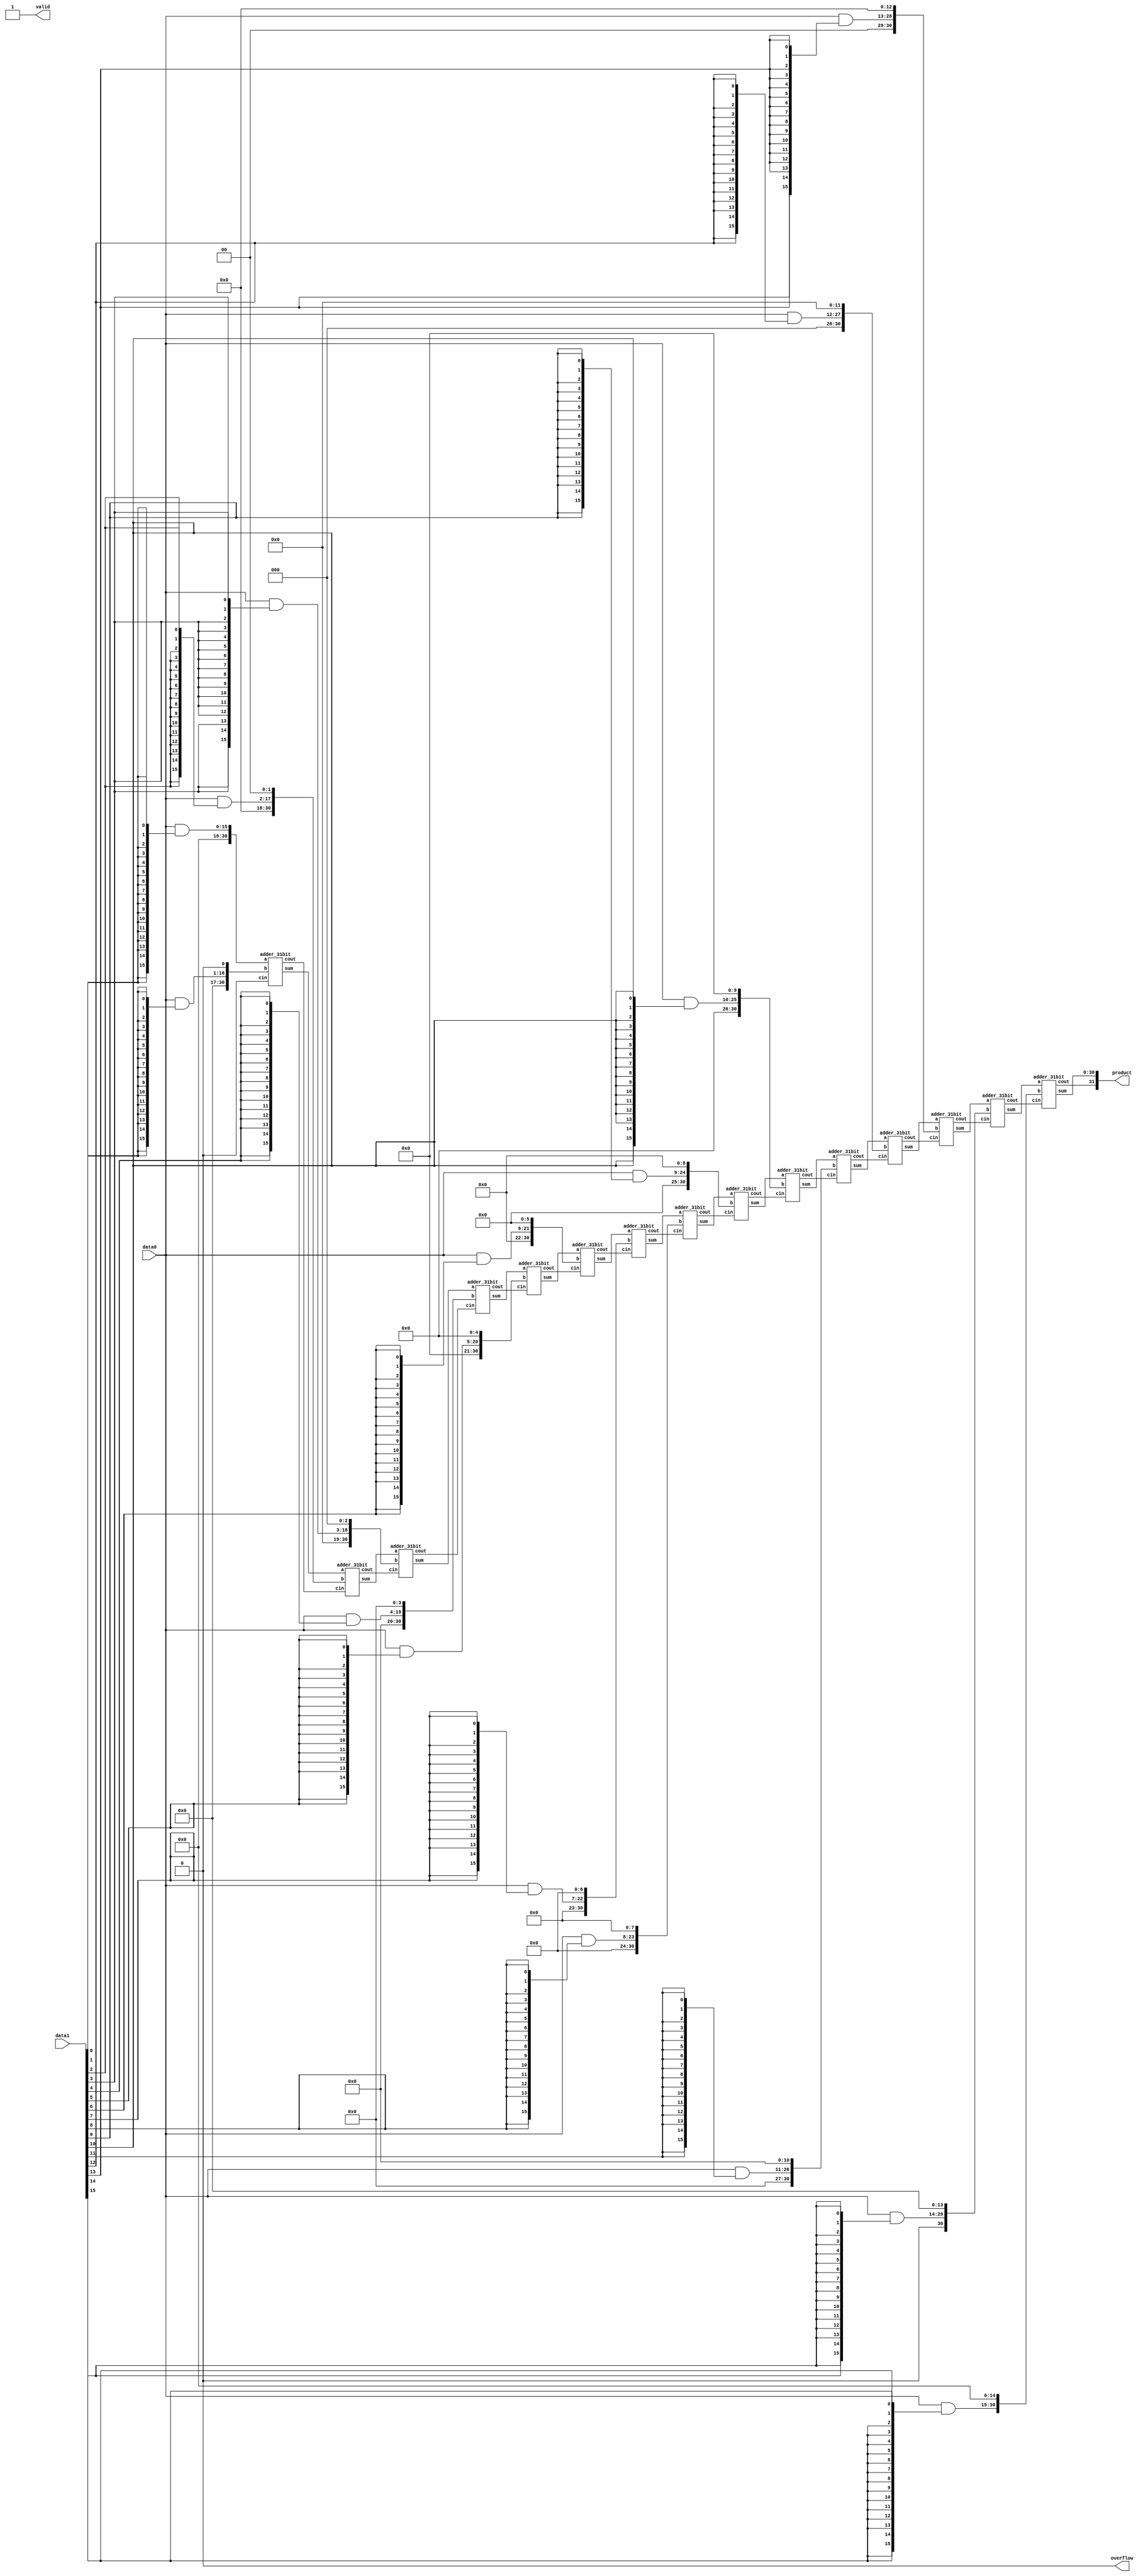
// +FHDR----------------------------------------------------------------------------
//            
//                
// ---------------------------------------------------------------------------------
// cinreated On    : 2024-06-07 18:30
// ---------------------------------------------------------------------------------
// Descinription   :  wallace
//                    booth
//                                  
// -FHDR----------------------------------------------------------------------------
module mini_ALU_16bit_MUL (
    input [15:0] data0,
    input [15:0] data1,
    output [31:0]  product,
    output overflow,
    output valid
);

    wire [30:0] partial_product [15:0];
    wire [30:0] tem_partial_product [14:0];


    //
    assign partial_product[0] ={{15{1'b0}} , data0 & {16{data1[0]}}              };
    assign partial_product[1] ={{14{1'b0}} , data0 & {16{data1[1]}} ,  1'b0      };
    assign partial_product[2] ={{13{1'b0}} , data0 & {16{data1[2]}} ,  2'b00     };
    assign partial_product[3] ={{12{1'b0}} , data0 & {16{data1[3]}} ,  3'b000    };
    assign partial_product[4] ={{11{1'b0}} , data0 & {16{data1[4]}} , {4{1'b0}}  };
    assign partial_product[5] ={{10{1'b0}} , data0 & {16{data1[5]}} , {5{1'b0}}  };
    assign partial_product[6] ={{ 9{1'b0}} , data0 & {16{data1[6]}} , {6{1'b0}}  };
    assign partial_product[7] ={{ 8{1'b0}} , data0 & {16{data1[7]}} , {7{1'b0}}  };
    assign partial_product[8] ={{ 7{1'b0}} , data0 & {16{data1[8]}} , {8{1'b0}}  };
    assign partial_product[9] ={{ 6{1'b0}} , data0 & {16{data1[9]}} , {9{1'b0}}  };
    assign partial_product[10]={{ 5{1'b0}} , data0 & {16{data1[10]}},{10{1'b0}}  };
    assign partial_product[11]={{ 4{1'b0}} , data0 & {16{data1[11]}},{11{1'b0}}  };
    assign partial_product[12]={{ 3{1'b0}} , data0 & {16{data1[12]}},{12{1'b0}}  };
    assign partial_product[13]={{ 2{1'b0}} , data0 & {16{data1[13]}},{13{1'b0}}  };
    assign partial_product[14]={    1'b0   , data0 & {16{data1[14]}},{14{1'b0}}  };
    assign partial_product[15]={data0 & {16{data1[15]}},             {15{1'b0}}  };

    wire [14:0] temp_cout;
    adder_31bit a0(
        .a(partial_product[0]),
        .b(partial_product[1]),
        .sum(tem_partial_product[0]),
        .cout(temp_cout[0]),
        .cin(1'b0)
    );
    adder_31bit a1(
        .a(tem_partial_product[0]),
        .b(partial_product[2]),
        .sum(tem_partial_product[1]),
        .cout(temp_cout[1]),
        .cin(temp_cout[0])
    );
    adder_31bit a2(
        .a(tem_partial_product[1]),
        .b(partial_product[3]),
        .sum(tem_partial_product[2]),
        .cout(temp_cout[2]),
        .cin(temp_cout[1])
    );
    adder_31bit a3(
        .a(tem_partial_product[2]),
        .b(partial_product[4]),
        .sum(tem_partial_product[3]),
        .cout(temp_cout[3]),
        .cin(temp_cout[2])
    );
    adder_31bit a4(
        .a(tem_partial_product[3]),
        .b(partial_product[5]),
        .sum(tem_partial_product[4]),
        .cout(temp_cout[4]),
        .cin(temp_cout[3])
    );
    adder_31bit a5(
        .a(tem_partial_product[4]),
        .b(partial_product[6]),
        .sum(tem_partial_product[5]),
        .cout(temp_cout[5]),
        .cin(temp_cout[4])
    );
    adder_31bit a6(
        .a(tem_partial_product[5]),
        .b(partial_product[7]),
        .sum(tem_partial_product[6]),
        .cout(temp_cout[6]),
        .cin(temp_cout[5])
    );
    adder_31bit a7(
        .a(tem_partial_product[6]),
        .b(partial_product[8]),
        .sum(tem_partial_product[7]),
        .cout(temp_cout[7]),
        .cin(temp_cout[6])
    );
    adder_31bit a8(
        .a(tem_partial_product[7]),
        .b(partial_product[9]),
        .sum(tem_partial_product[8]),
        .cout(temp_cout[8]),
        .cin(temp_cout[7])
    );
    adder_31bit a9(
        .a(tem_partial_product[8]),
        .b(partial_product[10]),
        .sum(tem_partial_product[9]),
        .cout(temp_cout[9]),
        .cin(temp_cout[8])
    );
    adder_31bit a10(
        .a(tem_partial_product[9]),
        .b(partial_product[11]),
        .sum(tem_partial_product[10]),
        .cout(temp_cout[10]),
        .cin(temp_cout[9])
    );
    adder_31bit a11(
        .a(tem_partial_product[10]),
        .b(partial_product[12]),
        .sum(tem_partial_product[11]),
        .cout(temp_cout[11]),
        .cin(temp_cout[10])
    );
    adder_31bit a12(
        .a(tem_partial_product[11]),
        .b(partial_product[13]),
        .sum(tem_partial_product[12]),
        .cout(temp_cout[12]),
        .cin(temp_cout[11])
    );
    adder_31bit a13(
        .a(tem_partial_product[12]),
        .b(partial_product[14]),
        .sum(tem_partial_product[13]),
        .cout(temp_cout[13]),
        .cin(temp_cout[12])
    );
    adder_31bit a14(
        .a(tem_partial_product[13]),
        .b(partial_product[15]),
        .sum(tem_partial_product[14]),
        .cout(temp_cout[14]),
        .cin(temp_cout[13])
    );
    
    assign product={temp_cout[14],tem_partial_product[14]};
    assign overflow=1'b0;
    assign valid=1'b1;
    

endmodule
//31bit
module adder_31bit(
    input [30:0] a,
    input cin,
    input [30:0] b,
    output [30:0] sum,
    output  cout
);
    wire [30:0] carry;

    full_adder_mul fa0(
        .a(a[0]),
        .b(b[0]),
        .cin(1'b0),
        .sum(sum[0]),
        .cout(carry[0])
    );                    
    full_adder_mul fa15(
        .a(a[30]),
        .b(b[30]),
        .cin(carry[29]),
        .sum(sum[30]),
        .cout(cout)
    );
    generate
        genvar i;
            for(i=1;i<30;i=i+1)begin:fadd_31
                full_adder_mul fa(
                .a(a[i]),
                .b(b[i]),
                .cin(carry[i-1]),
                .sum(sum[i]),
                .cout(carry[i])
            );
end
endgenerate

endmodule

//
module full_adder_mul(
    input a,b,cin,
    output sum,cout
);
    assign  sum=a^b^cin;
    assign cout=a&b | ((a^b)&cin);


endmodule